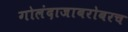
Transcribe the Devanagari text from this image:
गोलंदाजाबरोबरच